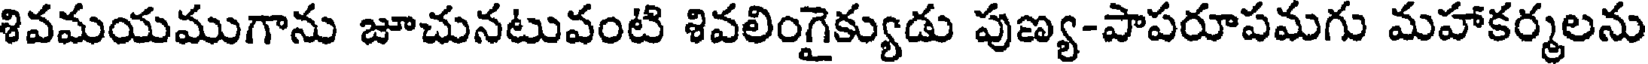
శివమయముగాను జూచునటువంటి శివలింగైక్యుడు పుణ్య-పాపరూపమగు మహాకర్మలను